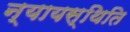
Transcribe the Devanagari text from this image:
न्यायस्थिति